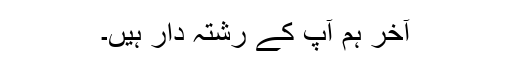
آخر ہم آپ کے رشتہ دار ہیں۔